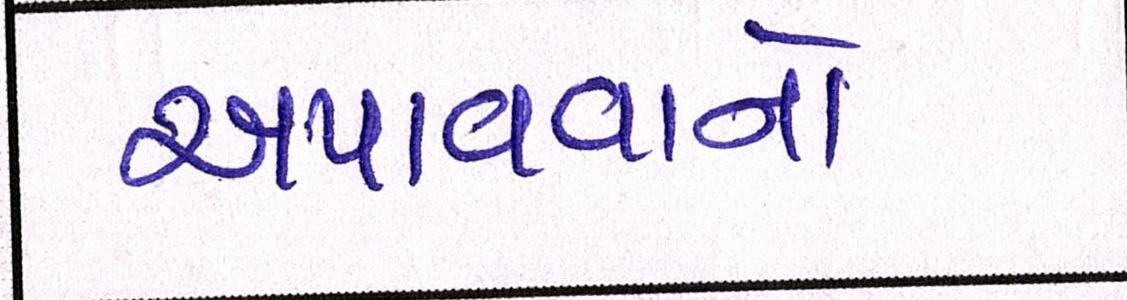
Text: અપાવવાનો